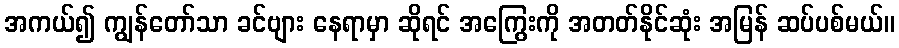
အကယ်၍ ကျွန်တော်သာ ခင်ဗျား နေရာမှာ ဆိုရင် အကြွေးကို အတတ်နိုင်ဆုံး အမြန် ဆပ်ပစ်မယ်။